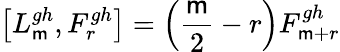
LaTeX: \left[L_{\mathsf{m}}^{gh},F_{r}^{gh}\right]=\left(\frac{{\mathsf{m}}}{{2}}-r\right)F_{\mathsf{m}+r}^{gh}